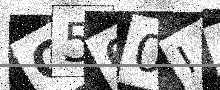
Text: G560IB